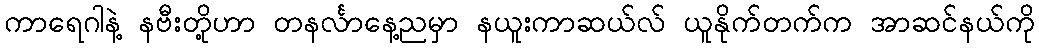
ကာရေဂါနဲ့ နဗီးတို့ဟာ တနင်္လာနေ့ညမှာ နယူးကာဆယ်လ် ယူနိုက်တက်က အာဆင်နယ်ကို